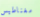
مغناطيس